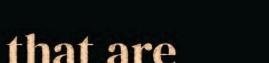
that are